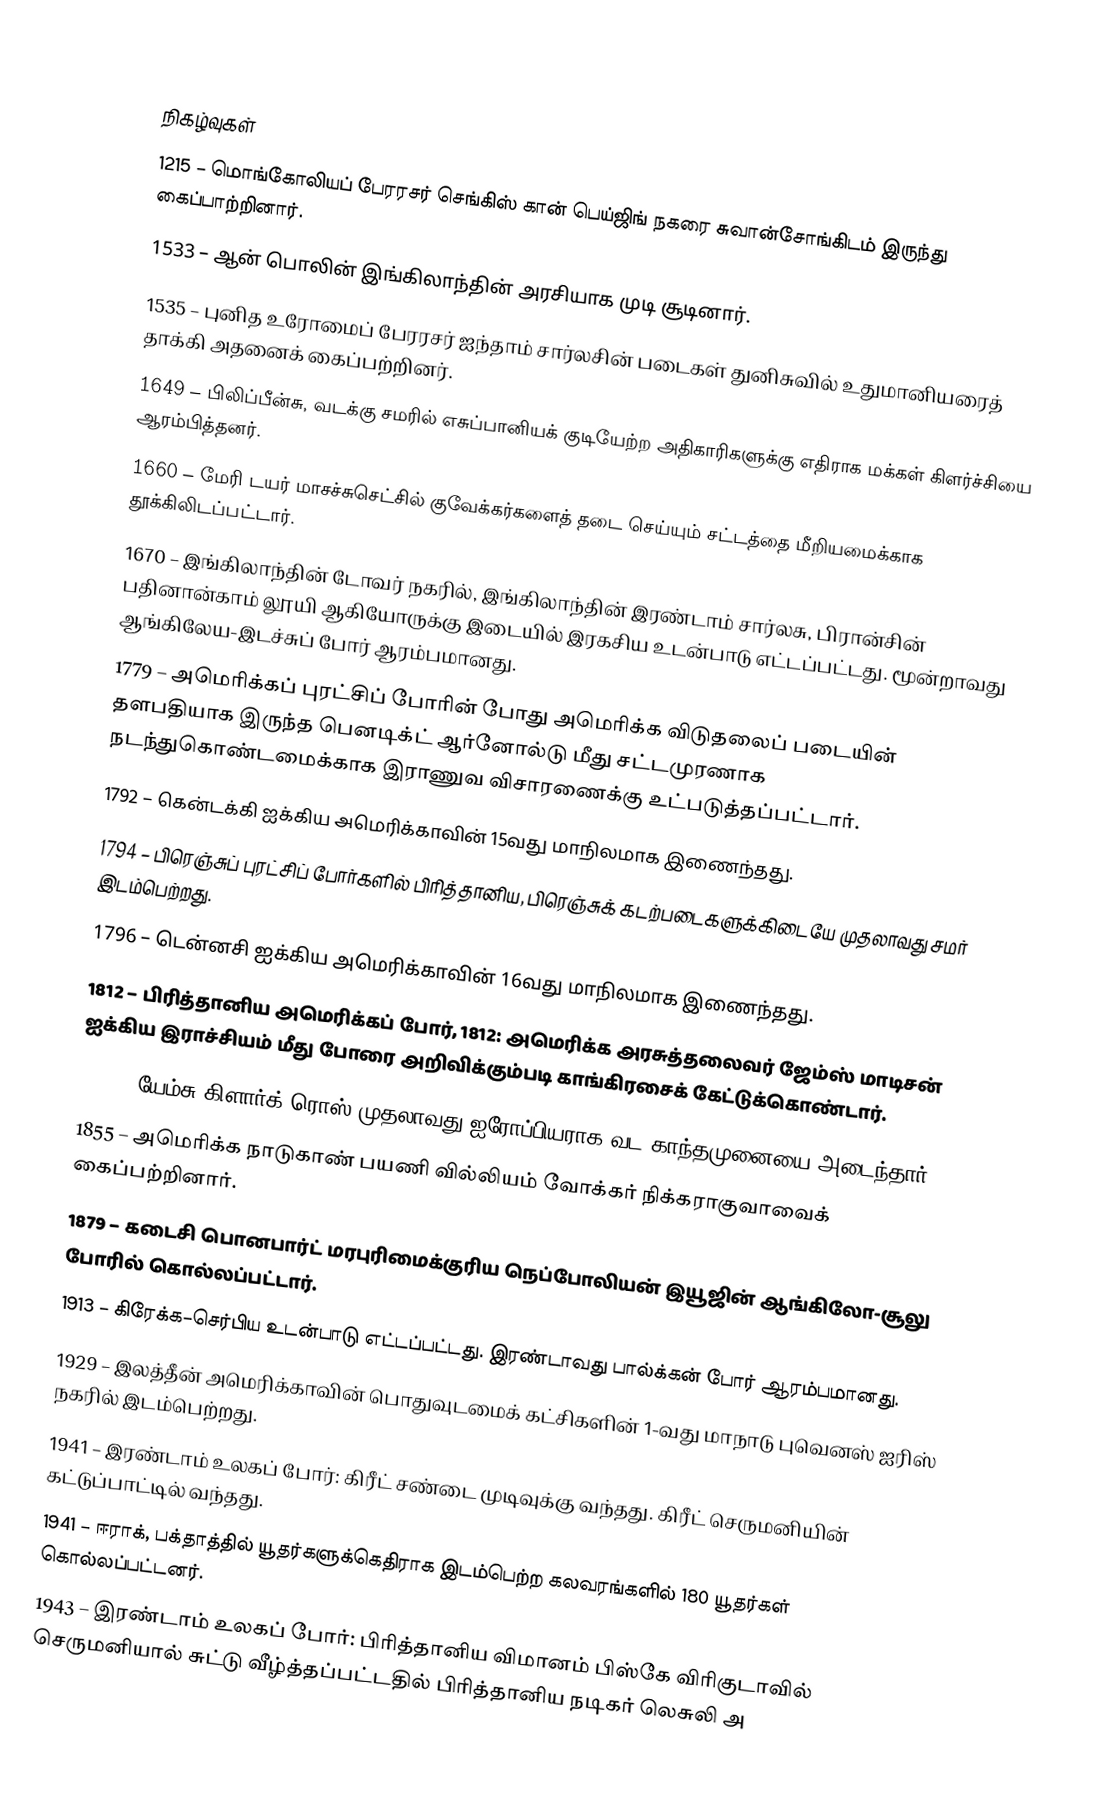

நிகழ்வுகள்
1215 – மொங்கோலியப் பேரரசர் செங்கிஸ் கான் பெய்ஜிங் நகரை சுவான்சோங்கிடம் இருந்து கைப்பாற்றினார்.
1533 – ஆன் பொலின் இங்கிலாந்தின் அரசியாக முடி சூடினார்.
1535 – புனித உரோமைப் பேரரசர் ஐந்தாம் சார்லசின் படைகள் துனிசுவில் உதுமானியரைத் தாக்கி அதனைக் கைப்பற்றினர்.
1649 – பிலிப்பீன்சு, வடக்கு சமரில் எசுப்பானியக் குடியேற்ற அதிகாரிகளுக்கு எதிராக மக்கள் கிளர்ச்சியை ஆரம்பித்தனர்.
1660 – மேரி டயர் மாசச்சுசெட்சில் குவேக்கர்களைத் தடை செய்யும் சட்டத்தை மீறியமைக்காக தூக்கிலிடப்பட்டார்.
1670 – இங்கிலாந்தின் டோவர் நகரில், இங்கிலாந்தின் இரண்டாம் சார்லசு, பிரான்சின் பதினான்காம் லூயி ஆகியோருக்கு இடையில் இரகசிய உடன்பாடு எட்டப்பட்டது. மூன்றாவது ஆங்கிலேய-இடச்சுப் போர் ஆரம்பமானது.
1779 – அமெரிக்கப் புரட்சிப் போரின் போது அமெரிக்க விடுதலைப் படையின் தளபதியாக இருந்த பெனடிக்ட் ஆர்னோல்டு மீது  சட்டமுரணாக நடந்துகொண்டமைக்காக இராணுவ விசாரணைக்கு உட்படுத்தப்பட்டார்.
1792 – கென்டக்கி ஐக்கிய அமெரிக்காவின் 15வது மாநிலமாக இணைந்தது.
1794 – பிரெஞ்சுப் புரட்சிப் போர்களில் பிரித்தானிய, பிரெஞ்சுக் கடற்படைகளுக்கிடையே முதலாவது சமர் இடம்பெற்றது.
1796 – டென்னசி ஐக்கிய அமெரிக்காவின் 16வது மாநிலமாக இணைந்தது.
1812 – பிரித்தானிய அமெரிக்கப் போர், 1812: அமெரிக்க அரசுத்தலைவர் ஜேம்ஸ் மாடிசன் ஐக்கிய இராச்சியம் மீது போரை அறிவிக்கும்படி காங்கிரசைக் கேட்டுக்கொண்டார்.
1831 – யேம்சு கிளார்க் ரொஸ் முதலாவது ஐரோப்பியராக வட காந்தமுனையை அடைந்தார்.
1855 – அமெரிக்க நாடுகாண் பயணி வில்லியம் வோக்கர் நிக்கராகுவாவைக் கைப்பற்றினார்.
1879 – கடைசி பொனபார்ட் மரபுரிமைக்குரிய நெப்போலியன் இயூஜின் ஆங்கிலோ-சூலு போரில் கொல்லப்பட்டார்.
1913 – கிரேக்க–செர்பிய உடன்பாடு எட்டப்பட்டது. இரண்டாவது பால்க்கன் போர் ஆரம்பமானது.
1929 – இலத்தீன் அமெரிக்காவின் பொதுவுடமைக் கட்சிகளின் 1-வது மாநாடு புவெனஸ் ஐரிஸ் நகரில் இடம்பெற்றது.
1941 – இரண்டாம் உலகப் போர்: கிரீட் சண்டை முடிவுக்கு வந்தது. கிரீட் செருமனியின் கட்டுப்பாட்டில் வந்தது.
1941 – ஈராக், பக்தாத்தில் யூதர்களுக்கெதிராக இடம்பெற்ற கலவரங்களில் 180 யூதர்கள் கொல்லப்பட்டனர்.
1943 – இரண்டாம் உலகப் போர்: பிரித்தானிய விமானம் பிஸ்கே விரிகுடாவில் செருமனியால் சுட்டு வீழ்த்தப்பட்டதில் பிரித்தானிய நடிகர் லெசுலி அ